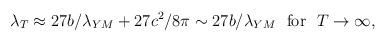
LaTeX: \begin{align*}\lambda_T\approx 27b/\lambda_{YM}+27c^2/8\pi\sim27b/\lambda_{YM}~~{\rm for}~~T\rightarrow\infty,\end{align*}